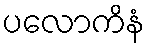
ပလောကိနံ